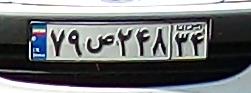
۷۹ص۲۴۸۳۴